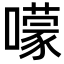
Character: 𡁏